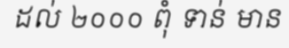
ដល់ ២០០០ ពុំ ទាន់ មាន